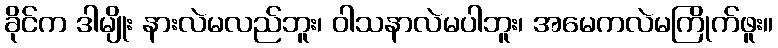
ခိုင်က ဒါမျိုး နားလဲမလည်ဘူး၊ ဝါသနာလဲမပါဘူး၊ အမေကလဲမကြိုက်ဖူး။